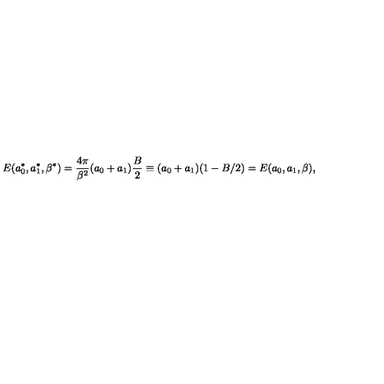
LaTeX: E ( a _ { 0 } ^ { * } , a _ { 1 } ^ { * } , \beta ^ { * } ) = \frac { 4 \pi } { \beta ^ { 2 } } ( a _ { 0 } + a _ { 1 } ) \frac { B } { 2 } \equiv ( a _ { 0 } + a _ { 1 } ) ( 1 - B / 2 ) = E ( a _ { 0 } , a _ { 1 } , \beta ) ,